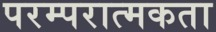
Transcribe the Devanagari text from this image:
परम्परात्मकता